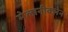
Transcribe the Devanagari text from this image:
मेलानीक्लेन